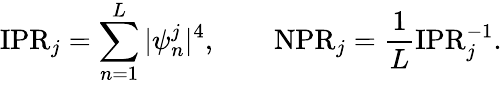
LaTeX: \mathrm{IPR}_{j}=\sum_{n=1}^{L}|\psi_{n}^{j}|^{4},\qquad\mathrm{NPR}_{j}=\frac{1}{L}\mathrm{IPR}_{j}^{-1}.